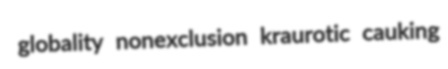
globality nonexclusion kraurotic cauking